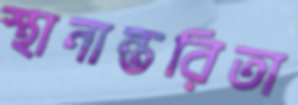
স্থানান্তরিতা